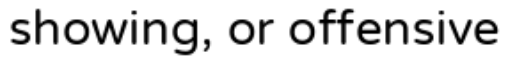
showing, or offensive